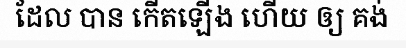
ដែល បាន កើតឡើង ហើយ ឲ្យ គង់